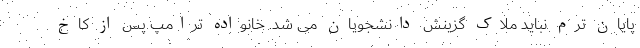
پایان ترم نباید ملاک گزینش دانشجویان می شد. خانواده ترامپ پس از کاخ